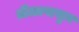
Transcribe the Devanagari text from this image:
तीळापासुन